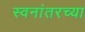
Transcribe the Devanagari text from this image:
स्वनांतरच्या